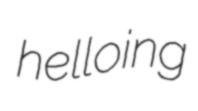
helloing